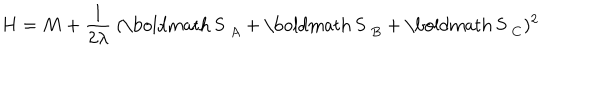
H = M + \frac { 1 } { 2 \lambda } ~ ( \mathrm { \boldmath ~ S ~ } _ { A } + \mathrm { \boldmath ~ S ~ } _ { B } + \mathrm { \boldmath ~ S ~ } _ { C } ) ^ { 2 }